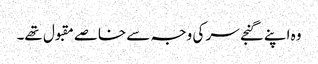
وہ اپنے گنجے سر کی وجہ سے خاصے مقبول تھے۔